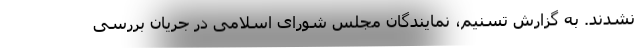
نشدند. به گزارش تسنیم، نمایندگان مجلس شورای اسلامی در جریان بررسی